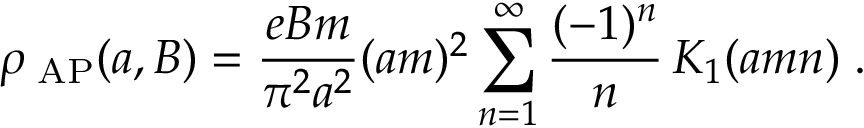
\rho _ { \mathrm { \tiny ~ A P } } ( a , B ) = { \frac { e B m } { \pi ^ { 2 } a ^ { 2 } } } ( a m ) ^ { 2 } \sum _ { n = 1 } ^ { \infty } { \frac { ( - 1 ) ^ { n } } { n } } \, K _ { 1 } ( a m n ) \; .